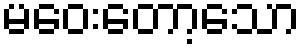
မဝေးတော့သော